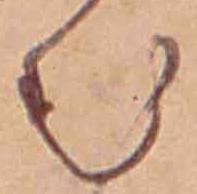
む